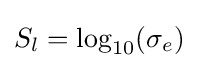
S_{l}=\log _{10}(\sigma _{e})